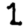
Digit: 1